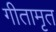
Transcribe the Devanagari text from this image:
गीतामृत